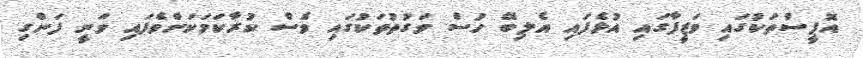
އޮފީސްތަކުގައި ވަޒީފާގައި އުޅެފައި އެލިބޭ ހުސް ވަގުތުތަކުގައި ވެސް ކުރާކަމަކަށްވެފައި ވަނީ ފަންގި